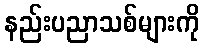
နည်းပညာသစ်များကို